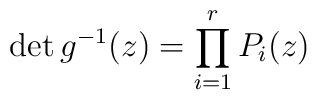
\det g^{-1}(z) = \prod^r_{i=1} P_i(z)